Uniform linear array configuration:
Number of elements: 4
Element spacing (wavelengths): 0.5
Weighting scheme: cosine
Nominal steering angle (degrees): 30
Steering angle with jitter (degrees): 30.201
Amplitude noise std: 0.05
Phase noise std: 0.05

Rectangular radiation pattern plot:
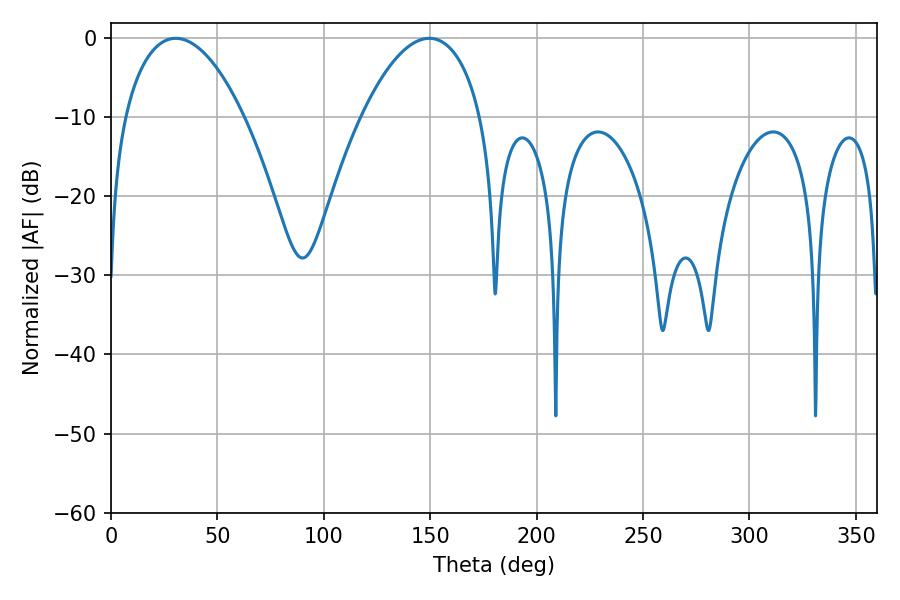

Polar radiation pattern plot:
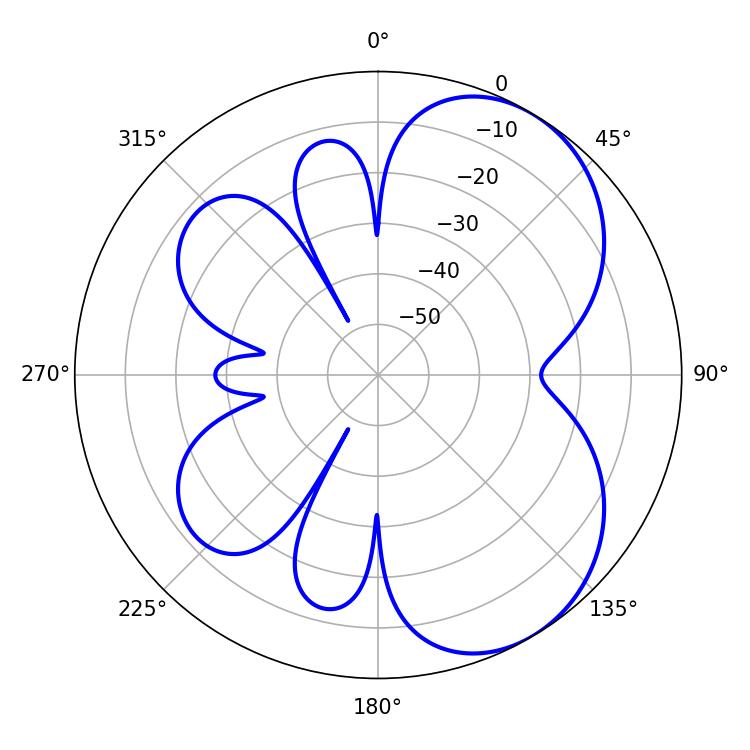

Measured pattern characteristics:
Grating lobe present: FALSE
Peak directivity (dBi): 5.452
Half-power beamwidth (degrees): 31.5
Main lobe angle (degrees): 30.42